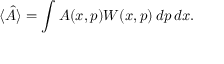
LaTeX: \langle { \hat { A } } \rangle = \int A ( x , p ) W ( x , p ) \, d p \, d x .